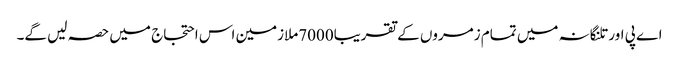
اے پی اور تلنگانہ میں تمام زمروں کے تقریبا7000ملازمین اس احتجاج میں حصہ لیں گے۔